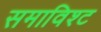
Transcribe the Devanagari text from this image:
समाविश्ट